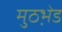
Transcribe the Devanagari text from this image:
मुठभ़ेड